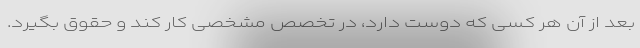
بعد از آن هر کسی که دوست دارد، در تخصص مشخصی کار کند و حقوق بگیرد.